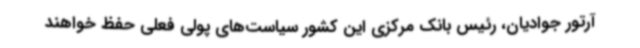
آرتور جوادیان، رئیس بانک مرکزی این کشور سیاست‌های پولی فعلی حفظ خواهند